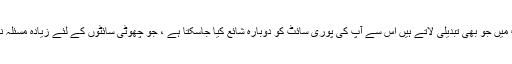
یہاں سب سے بڑی بات نوٹ کرنے کی بات یہ ہے کہ آپ اپنی سائٹ میں جو بھی تبدیلی لاتے ہیں اس سے آپ کی پوری سائٹ کو دوبارہ شائع کیا جاسکتا ہے ، جو چھوٹی سائٹوں کے لئے زیادہ مسئلہ نہیں ہوسکتا ہے لیکن بڑی سائٹوں کے لئے کافی وقت درکار ہوتا ہے۔